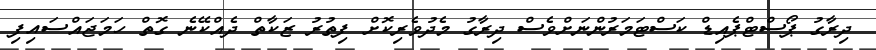
ދިރާގު ޕޯސްޓްޕެއިޑް ކަސްޓަމަރުންނަށްވެސް ދިރާގު މެދުވެރިކޮށް ފިތުރު ޒަކާތް ދެއްކޭނެ ގޮތް ހަމަޖައްސައިފި